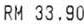
RM 33.90